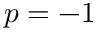
p = - 1